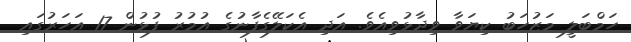
ހަމްބަލީ މަޒުހަބު ކިޔަވާ ވިދާޅުވިއެވެ. އަދި އެކަލޭގެފާނުގެ އުމުރު ފުޅުން 17 އަހަރުގައި